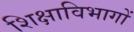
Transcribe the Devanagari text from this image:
शिक्षाविभागों